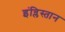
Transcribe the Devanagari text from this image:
इंन्लिस्तान